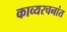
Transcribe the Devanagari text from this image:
काव्यरचनांत